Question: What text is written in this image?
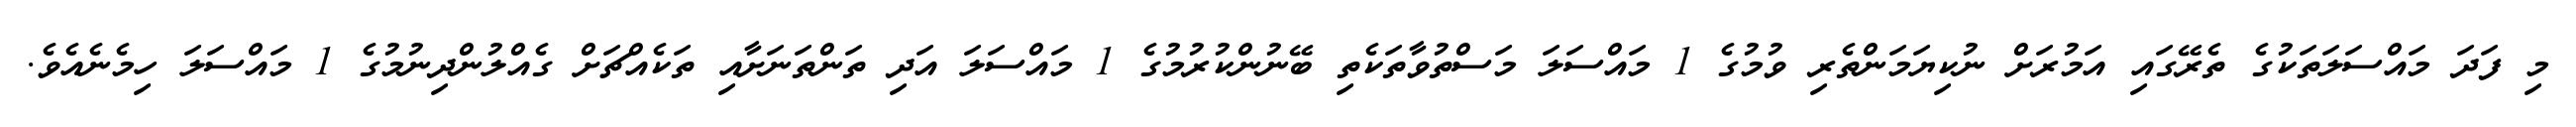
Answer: މި ފަދަ މައްސަލަތަކުގެ ތެރޭގައި އަމުރަށް ނުކިޔަމަންތެރި ވުމުގެ 1 މައްސަލަ މަސްތުވާތަކެތި ބޭނުންކުރުމުގެ 1 މައްސަލަ އަދި ތަންތަނަށާއި ތަކެއްޗަށް ގެއްލުންދިނުމުގެ 1 މައްސަލަ ހިމެނެއެވެ.